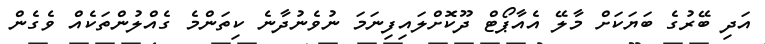
އަދި ބޭރުގެ ބަޔަކަށް މާލޭ އެއާޕޯޓް ދޫކޮށްލައިފިނަމަ ނުވެނުދާނެ ކިތަންމެ ގެއްލުންތަކެއް ވެގެން